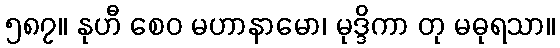
၅၈၇။ နုဟီ စေဝ မဟာနာမော၊ မုဒ္ဒိကာ တု မဓုရသာ။